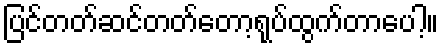
ပြင်တတ်ဆင်တတ်တော့ရုပ်ထွက်တာပေါ့။